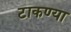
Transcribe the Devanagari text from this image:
टाकण्या